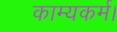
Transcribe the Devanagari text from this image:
काम्यकर्म।